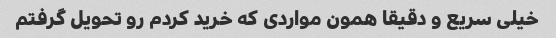
خیلی سریع و دقیقا همون مواردی که خرید کردم رو تحویل گرفتم